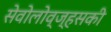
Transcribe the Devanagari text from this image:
सेवोलोव्ज्हसकी